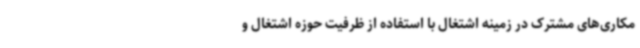
مکاری‌های مشترک در زمینه اشتغال با استفاده از ظرفیت حوزه اشتغال و